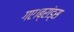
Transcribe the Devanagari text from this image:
गए।ब्रांड्स